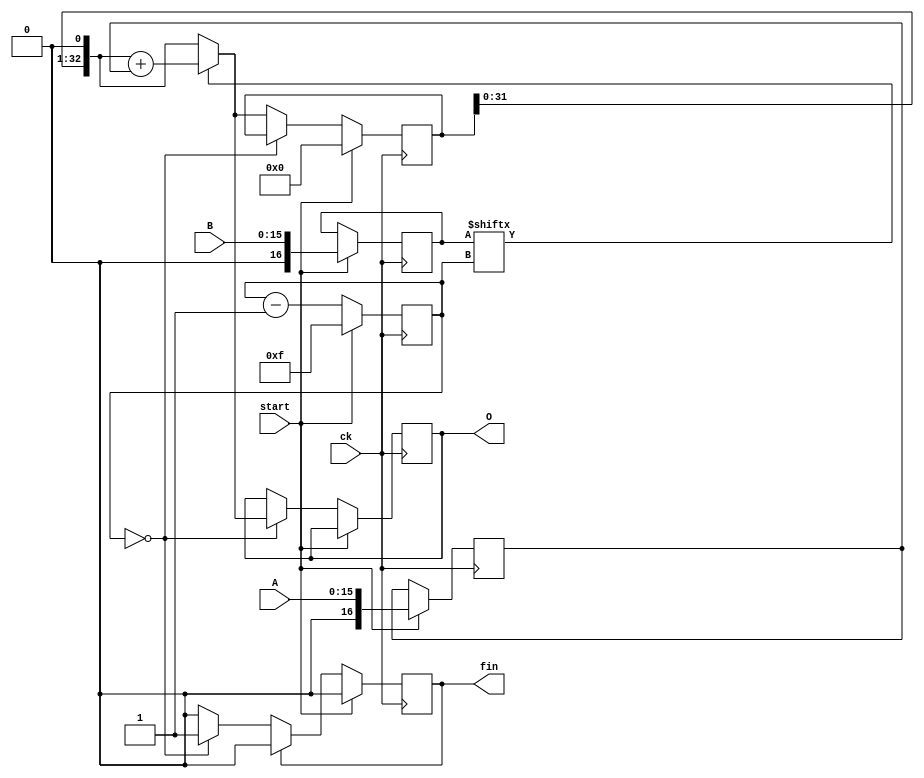
module mul(A,B,O,ck,start,fin);
   parameter wA=16;
   parameter wB=16;
   parameter wS=5;
   
   input [wA-1:0] A;
   input [wB-1:0] B;
   input 	  ck,start;
   output [wA+wB:0] O;
   output 	    fin;
   
   reg [wS-1:0]     st;
   reg [wA:0] 	    AIN;
   reg [wB:0] 	    BIN;
   reg [wA+wB:0]    O,O1;
   reg 		    fin;
   
always @(posedge ck) begin
	if( start == 1 ) begin
	   st <= wB-1;
	   fin <= 0;
	   AIN <= A;
	   BIN <= B;
	   O1 <= 0;
	end else begin
	   if( st==0 ) begin
	      if( BIN[st] == 1 ) O <= (O1<<1) + AIN;
	      else O <= (O1<<1);
	      fin<= 1;
	   end else begin
	      if( BIN[st] == 1 ) O1 <= (O1<<1) + AIN;
	      else O1 <= (O1<<1);
	   end
	   if( fin == 1 ) fin <= 0;
	   st <= st - 1;
	end
end

endmodule